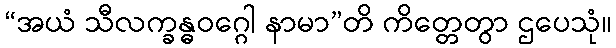
“အယံ သီလက္ခန္ဓဝဂ္ဂေါ နာမာ”တိ ကိတ္တေတွာ ဌပေသုံ။